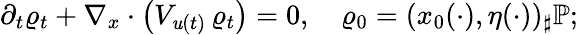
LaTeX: \partial_{t}\varrho_{t}+\nabla_{x}\cdot\left(V_{\mathit{u}(t)}\, \varrho_{t}\right)=0,\quad\varrho_{0}=(x_{0}(\cdot),\eta(\cdot))_{\sharp}\mathbb{P};